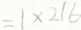
= 1 \times 2 1 6